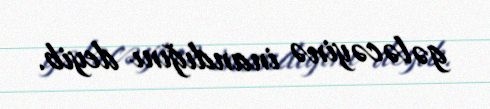
gələcəyinə inandığını deyib.